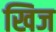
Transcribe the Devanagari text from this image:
खिज